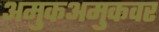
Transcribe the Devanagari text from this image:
अमुकअमुकवर